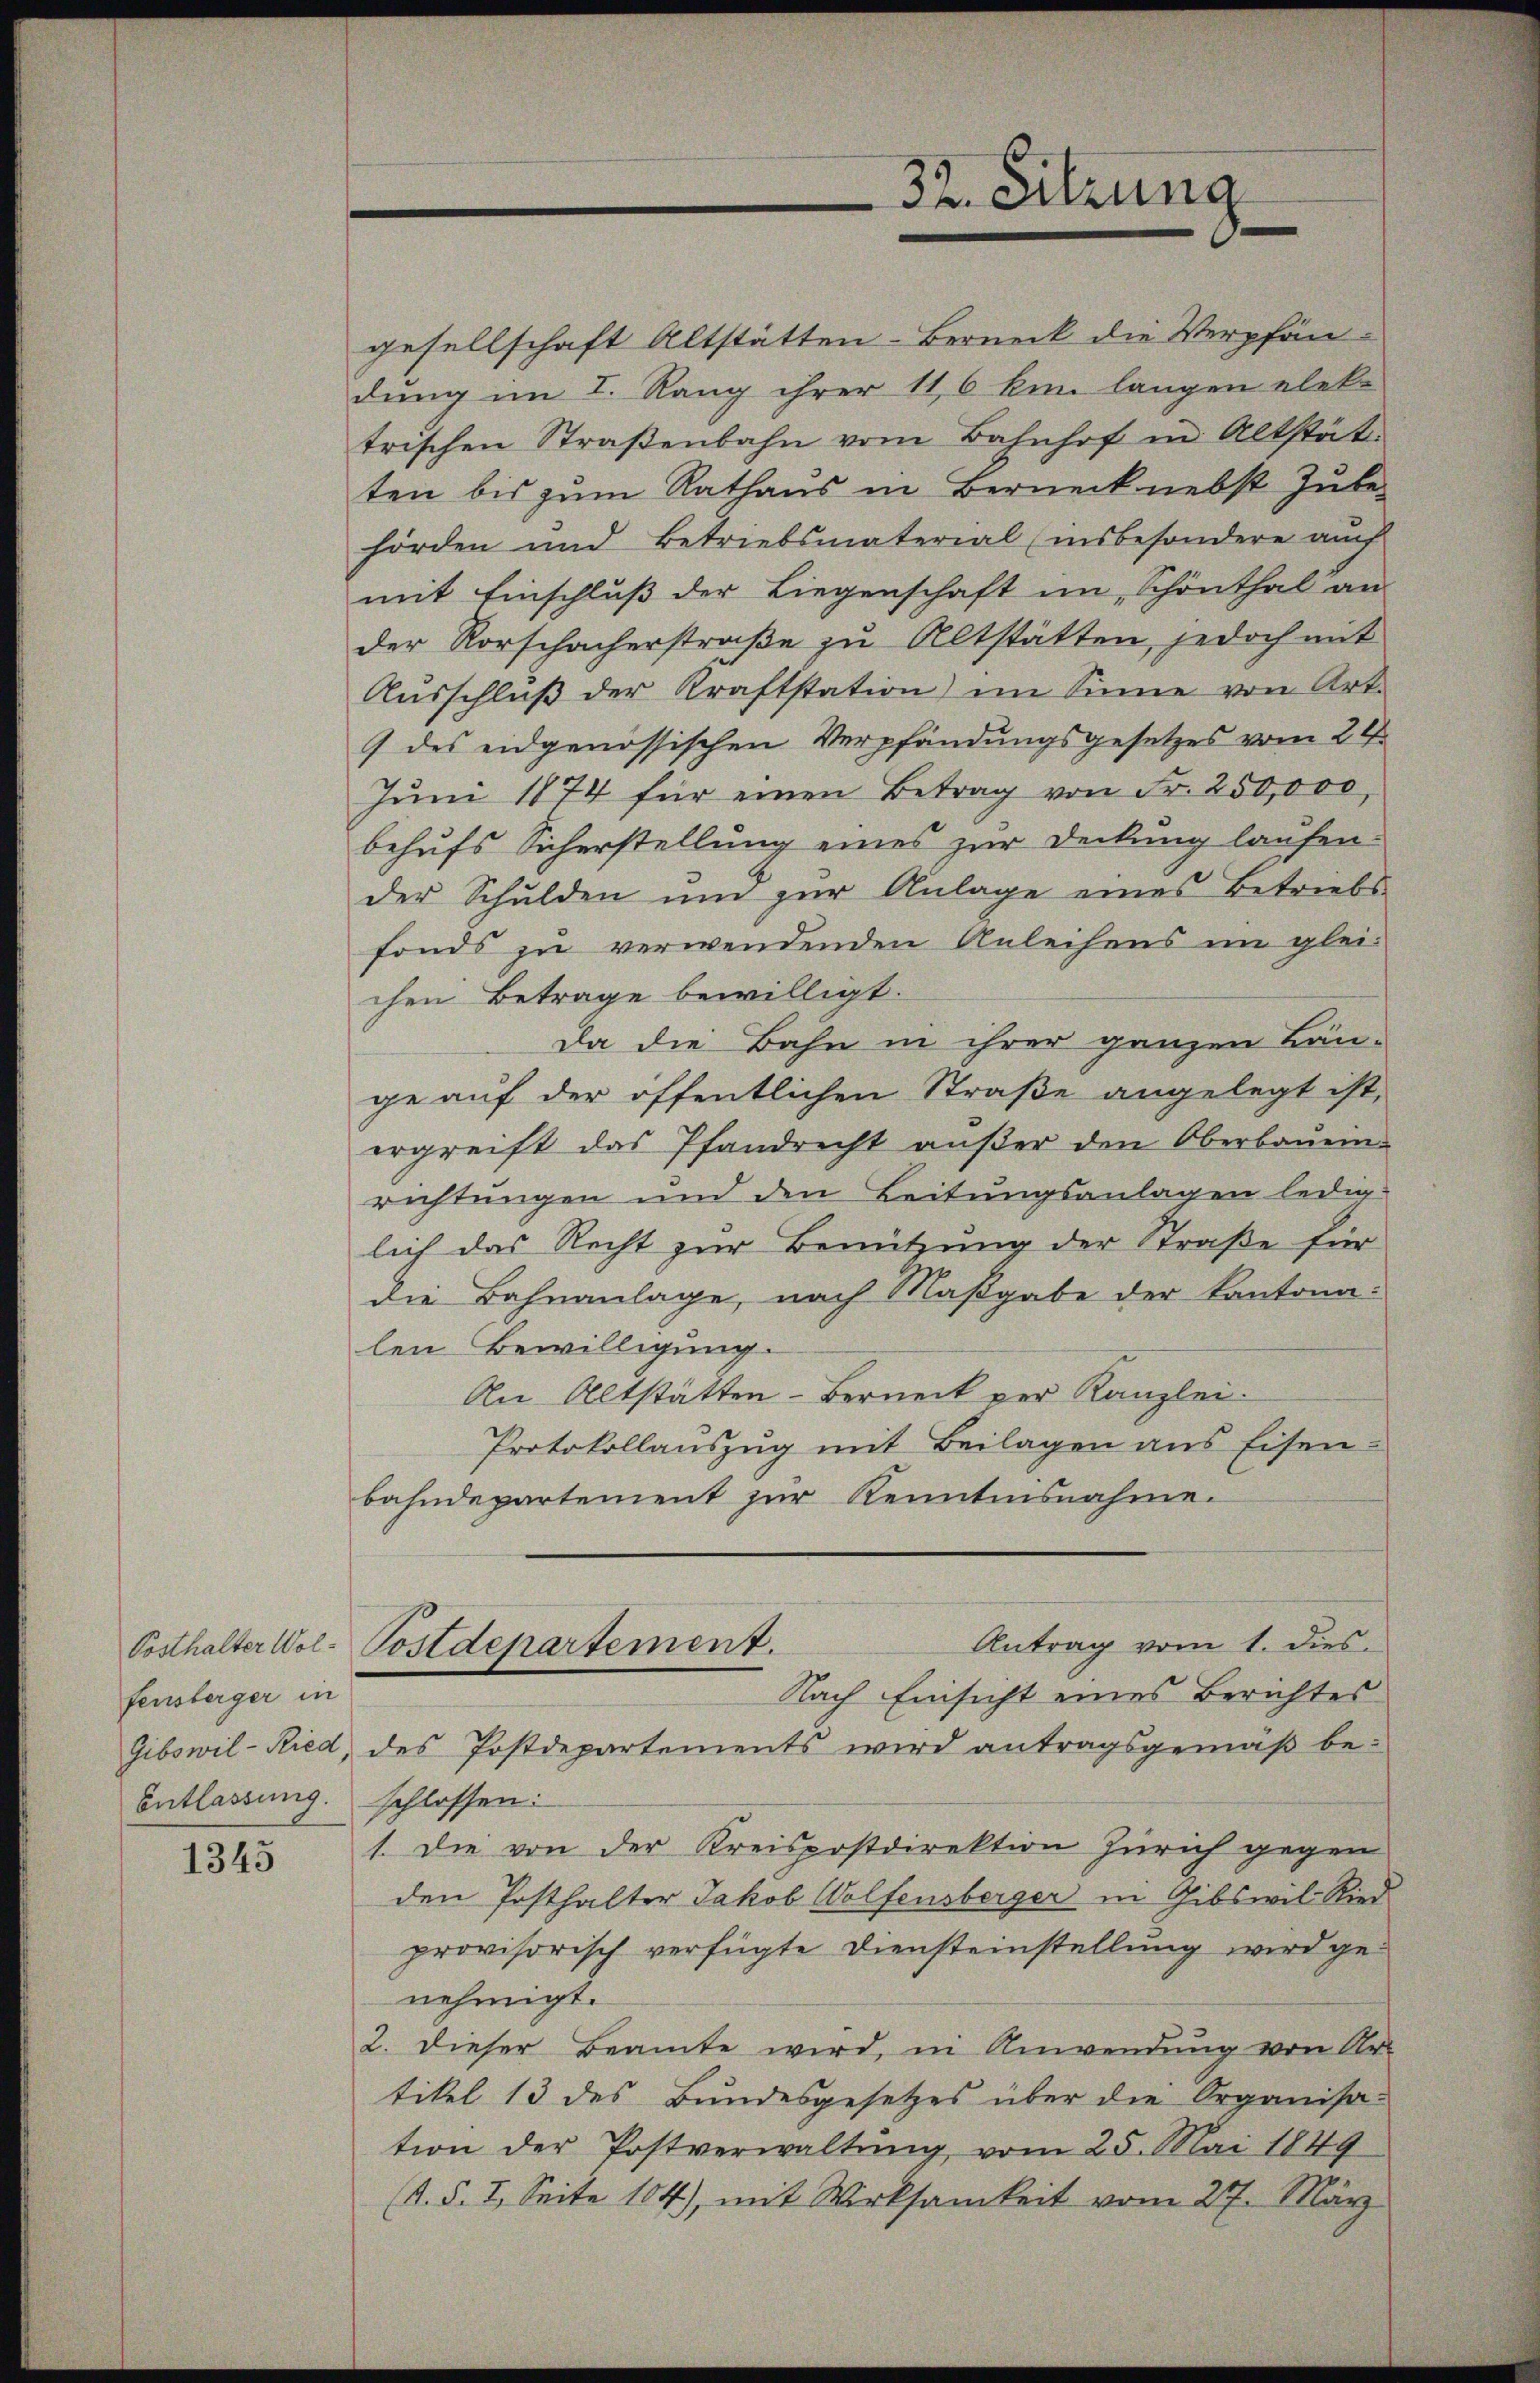
fensberger in

1345

gesellschaft Altstätten-Berneck die Verpfändung im I. Rang ihrer 116 kun langen elek-
trischen Straβenbahn vom Bahnhof in Altstät
ten bis zum Rathaus in Berneck nebst Zube-
hörden und Betriebsmaterial (insbesondere auch
mit Einschluß der Liegenschaft im Schönthal an
der Vorschacherstraße zu Altstätten, jedoch mit
Aŭsschlŭβ der Kraftstation) im Sinne von Art.
(des eidgenössischen Verpfändungsgesetzes vom 29.
Jŭni 1874 für einen Betrag von Fr. 250,000,
behufs Sicherstellung eines zur Deckung laufen.
der Schulden um zur Anlage eines Betriebs
fonds zu verwendenden Anleihens im gleichen Betrage bewilligt.
Da die Bahn in ihrer ganzen Bän-
ge aŭf der öffentlichen Straβe angelegt ist,
ergreift das Pfandrecht außer den Oberbauein-
richtungen und den Leitungsanlagen ledig-
lich das Recht zur Benutzung der Straße für
die Bahnanlage, nach Maßgabe der Kantona-
len Bewilligung.
An Altstätten-Berneck ver Kanzlei.
Protokollauszug mit Beilagen ans Eisen-
bahndepartement zur Kenntnisnahme.
Antrag vom 1. dies
Posthalter Wol-Postdepartement.
Nach Einsicht eines Berichtes
Gibswil-Ried, des Postdepartements wird antragsgemäβ be-
Entlassung. schlossen:
1. Die von der Kreispostdirektion Zürich gegen
den Posthalter Jakob Wolfensberger in Gibswil Ried
provisorisch verfügte Diensteinstellung wird genehmigt.
2. dieser Beamte wird, in Anwendung von Ur-
tikel 13 des Bundesgesetzes über die Organisa-
tion der Postverwaltung vom 25. Mai 1849
(A. §. I. Seite 104), mit Wirksamkeit vom 27. März

32. Sitzung